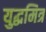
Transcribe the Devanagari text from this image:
युद्धमित्र